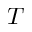
T